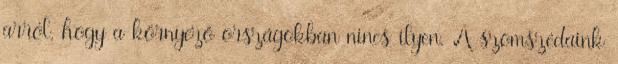
arról, hogy a környező országokban nincs ilyen. A szomszédaink